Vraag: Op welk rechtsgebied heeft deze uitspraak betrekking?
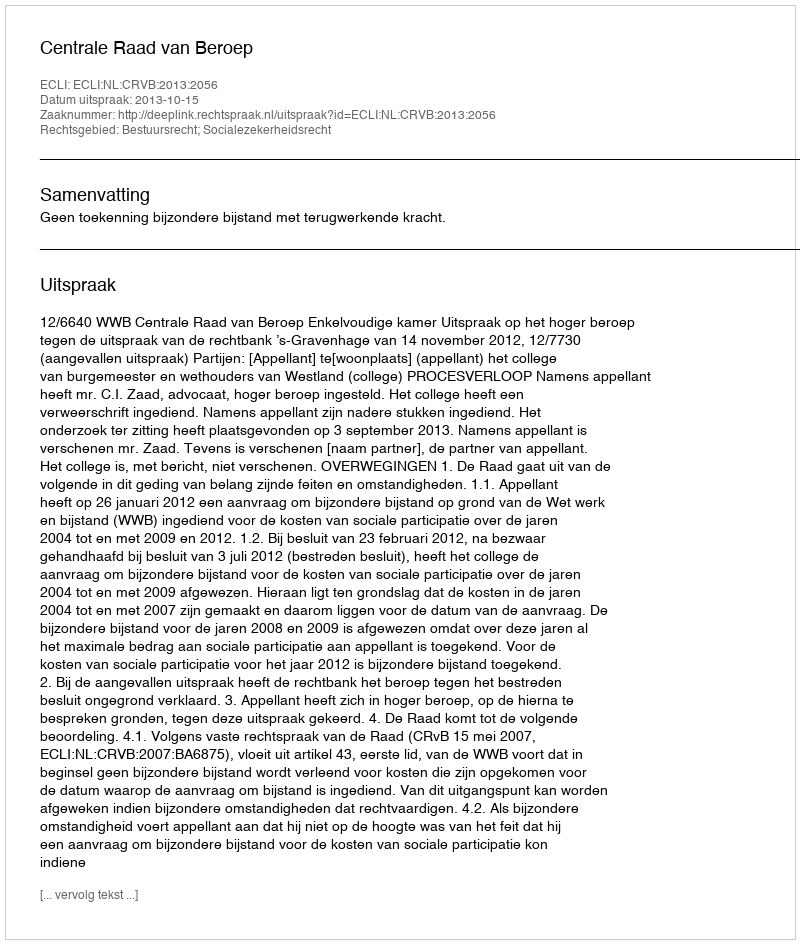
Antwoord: Bestuursrecht; Socialezekerheidsrecht